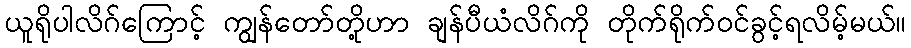
ယူရိုပါလိဂ်ကြောင့် ကျွန်တော်တို့ဟာ ချန်ပီယံလိဂ်ကို တိုက်ရိုက်ဝင်ခွင့်ရလိမ့်မယ်။